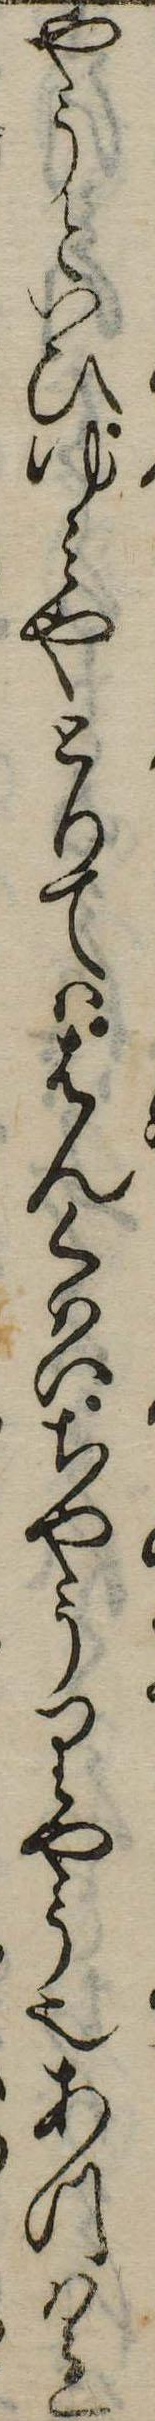
やうといひゆみやとりてははんくはいちやうりやう也あつはれ